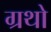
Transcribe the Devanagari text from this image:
ग्रथो